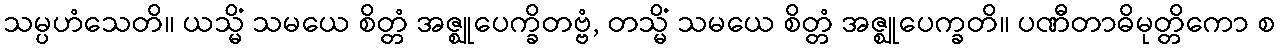
သမ္ပဟံသေတိ။ ယသ္မိံ သမယေ စိတ္တံ အဇ္ဈုပေက္ခိတဗ္ဗံ, တသ္မိံ သမယေ စိတ္တံ အဇ္ဈုပေက္ခတိ။ ပဏီတာဓိမုတ္တိကော စ